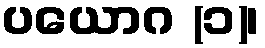
ပယောဂ (၁)၊